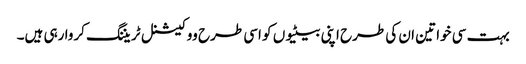
بہت سی خواتین ان کی طرح اپنی بیٹیوں کو اسی طرح ووکیشنل ٹریننگ کروا رہی ہیں۔